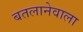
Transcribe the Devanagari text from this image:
बतलानेवाला